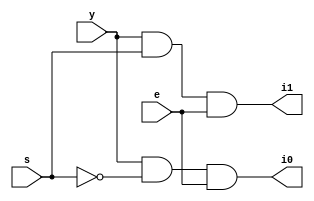
module demux1_2(input s,y,e,output i0,i1);

wire sbar;

assign sbar=~s;

//dataflow model

assign i0=y&sbar&e;
assign i1=y&s&e;

endmodule